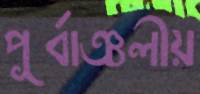
পূর্বাঞ্চলীয়